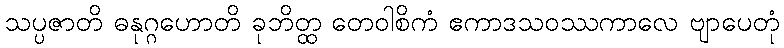
သပ္ပဇာတိ ဓနုဂ္ဂဟောတိ ခုဘိတ္ထ တေဝါစိကံ ဧကာဒသဝဿကာလေ ဗျာပေတုံ